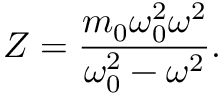
Z = \frac { m _ { 0 } \omega _ { 0 } ^ { 2 } \omega ^ { 2 } } { \omega _ { 0 } ^ { 2 } - \omega ^ { 2 } } .